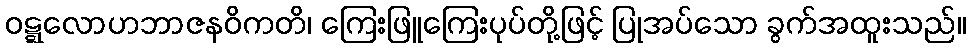
ဝဋ္ဋလောဟဘာဇနဝိကတိ၊ ကြေးဖြူကြေးပုပ်တို့ဖြင့် ပြုအပ်သော ခွက်အထူးသည်။